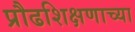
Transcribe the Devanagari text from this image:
प्रौढशिक्षणाच्या